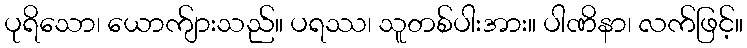
ပုရိသော၊ ယောက်ျားသည်။ ပရဿ၊ သူတစ်ပါးအား။ ပါဏိနာ၊ လက်ဖြင့်။